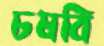
চষবি